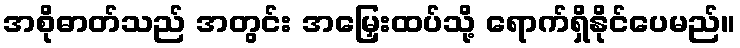
အစိုဓာတ်သည် အတွင်း အမြှေးထပ်သို့ ရောက်ရှိနိုင်ပေမည်။